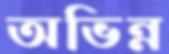
অভিন্ন